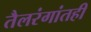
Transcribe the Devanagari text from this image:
तैलरंगांतही